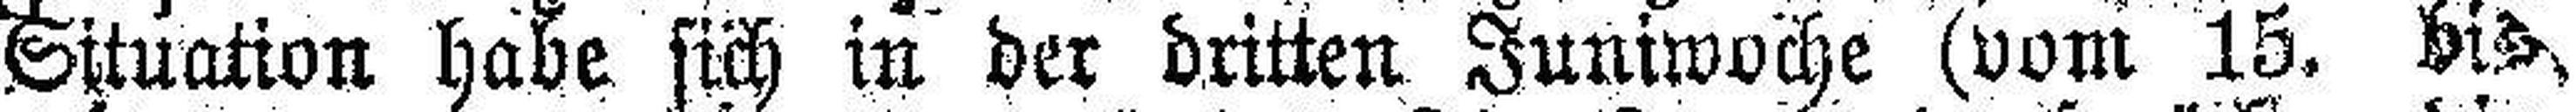
Situation habe sich in der dritten Juniwoche (vom 15. bis